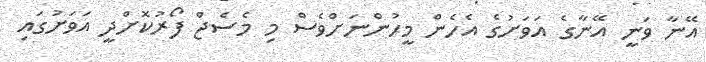
އޭނާ ވަނީ އޭނާގެ އަވަށުގެ އެހެން މީހުންނަށްވެސް މި މެސެޖް ފޯރުކޮށްދީ އަވަށުގައި